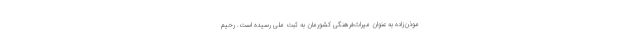
موذن‌زاده به عنوان میراث‌فرهنگی کشورمان به ثبت ملی رسیده است. رحیم